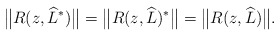
\begin{align*} \bigl\Vert R(z,\widehat{L}^*)\bigr\Vert=\bigl\Vert R(z,\widehat{L})^*\bigr\Vert =\bigl\Vert R(z,\widehat{L})\bigr\Vert. \end{align*}